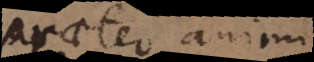
praeter animi